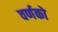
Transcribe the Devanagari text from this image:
वर्णको